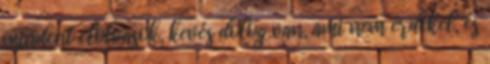
mindent elolvasok, kevés dolog van, ami nem érdekel, és